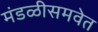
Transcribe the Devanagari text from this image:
मंडळीसमवेत